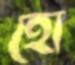
হো